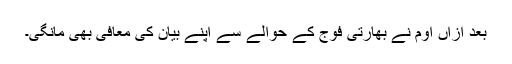
بعد ازاں اوم نے بھارتی فوج کے حوالے سے اپنے بیان کی معافی بھی مانگی۔